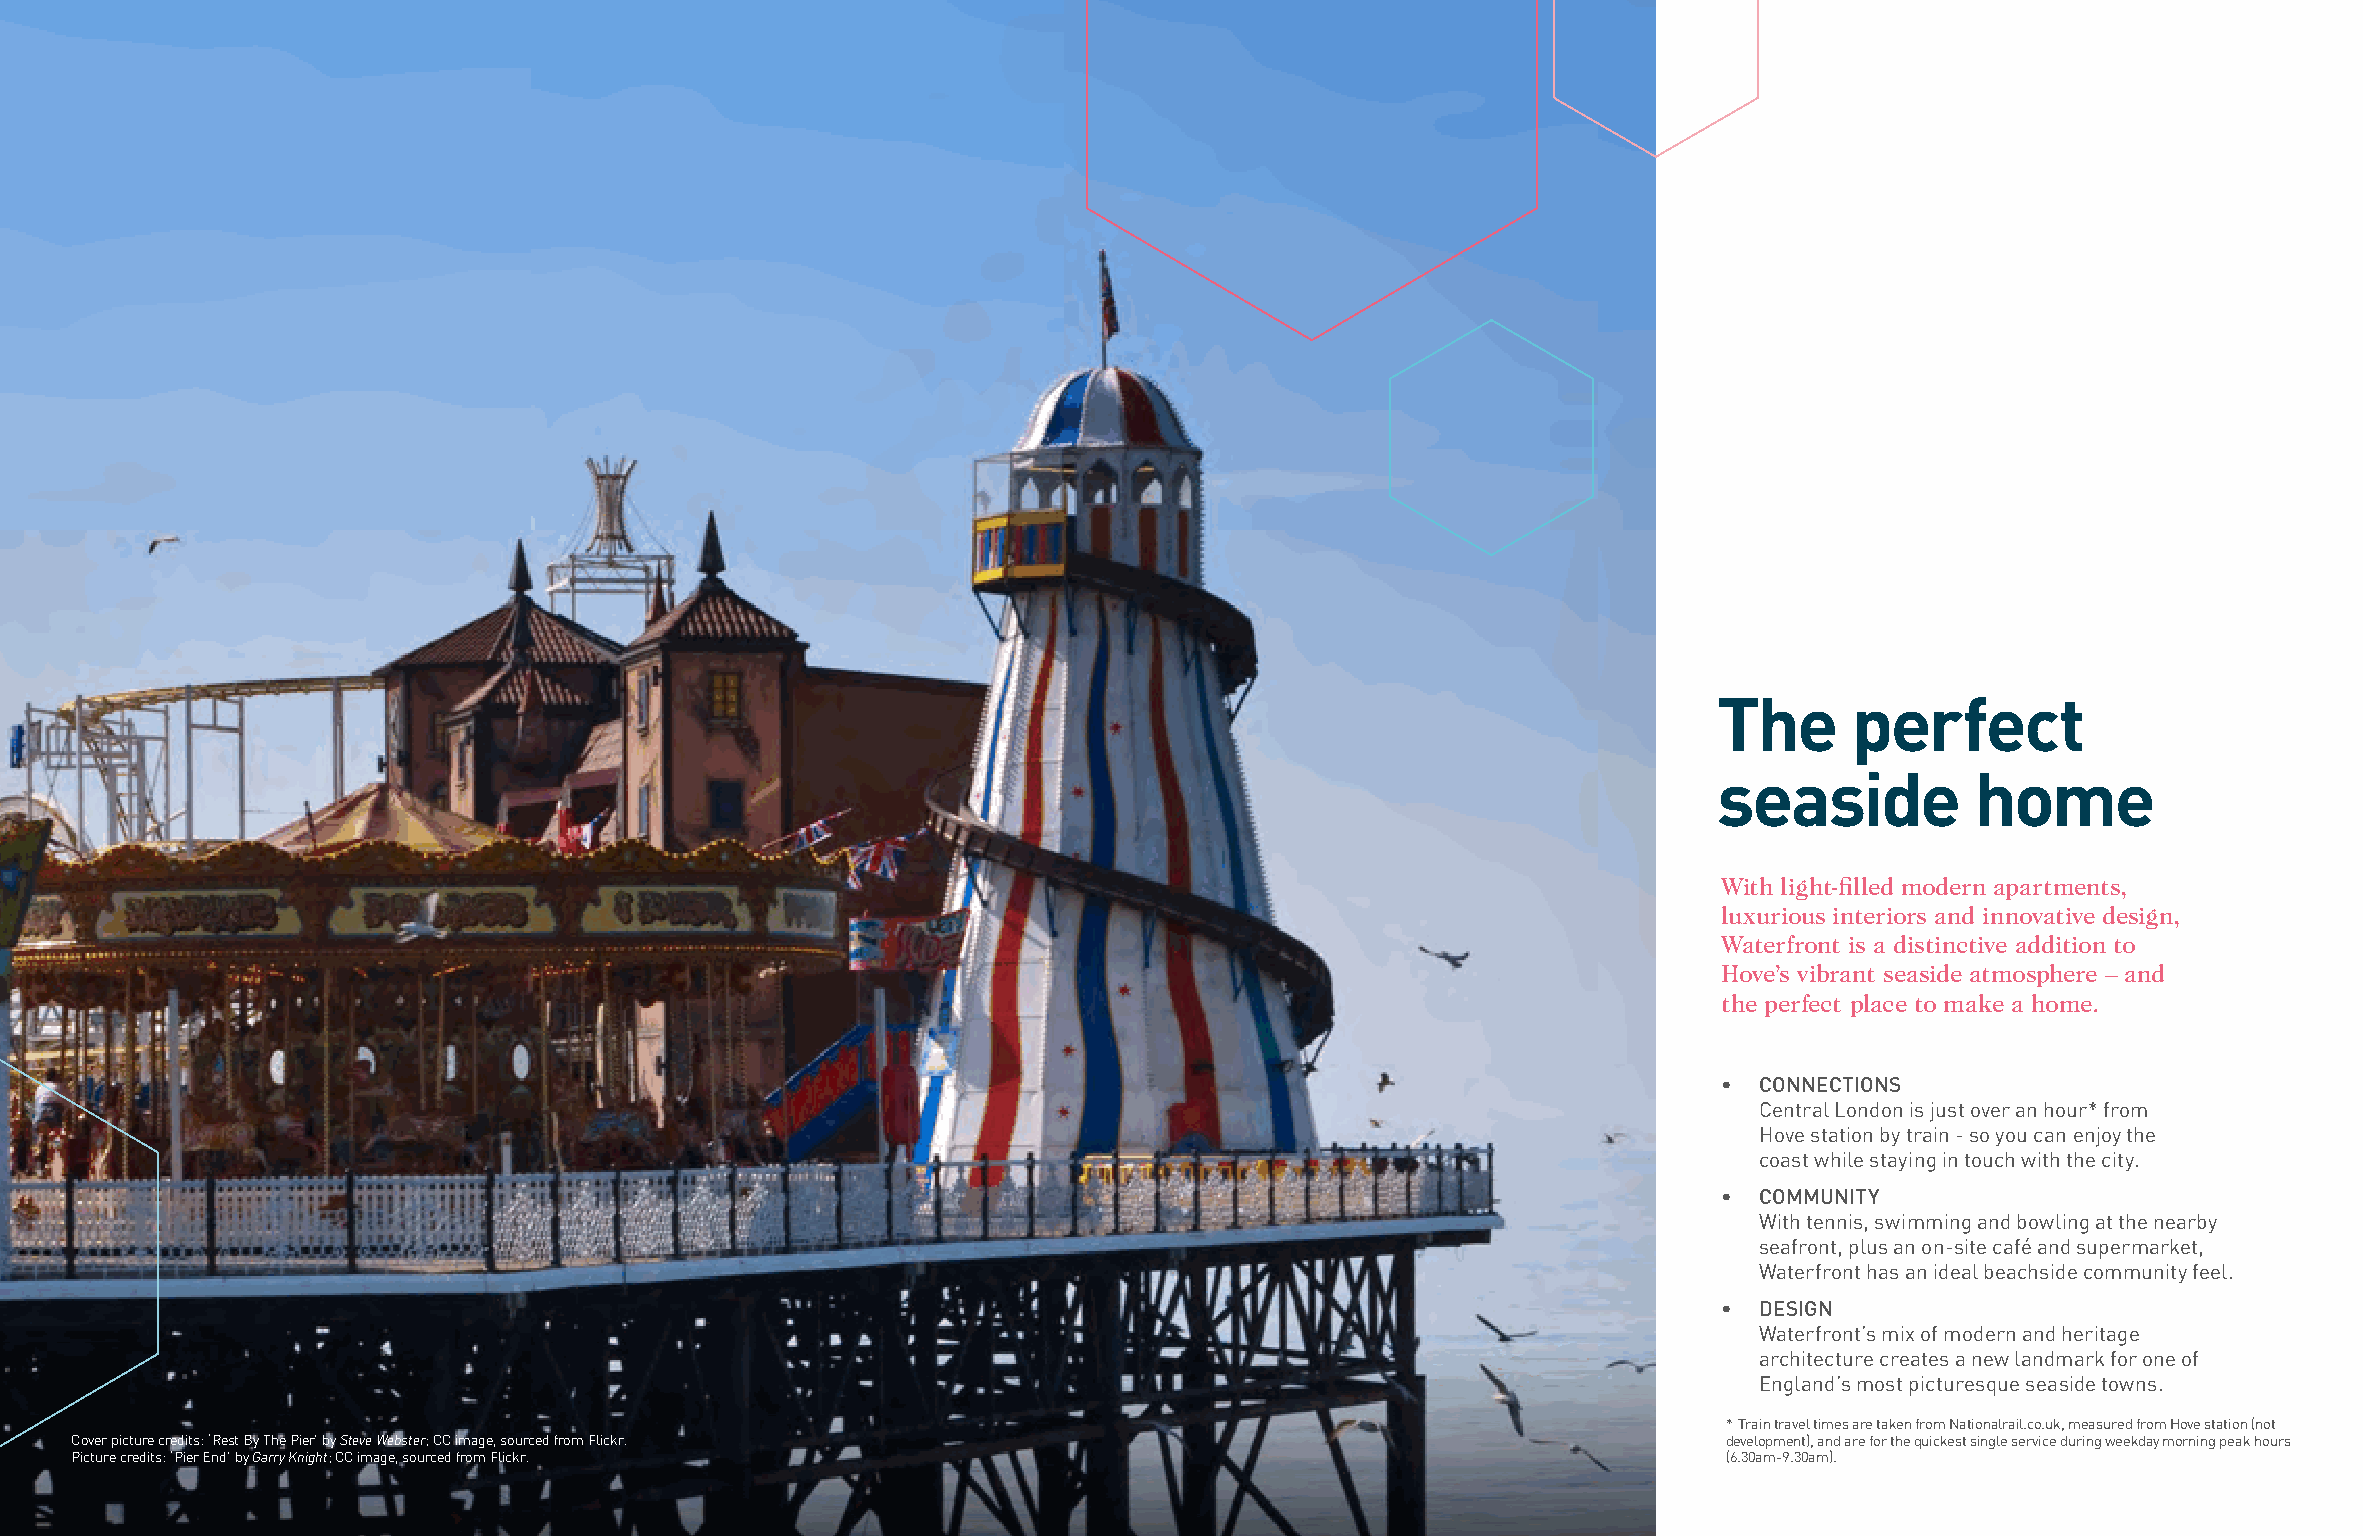
The      perfect
 seaside          home
 With light-filled modern apartments,
 luxurious interiors and innovative design,
 Waterfront is a distinctive addition to
 Hove’s vibrant seaside atmosphere – and
 the perfect place to make a home.
 • CONNECTIONS
 Central London is just over an hour* from
 Hove station by train - so you can enjoy the
 coast while staying in touch with the city.
 • COMMUNITY
 With tennis, swimming and bowling at the nearby
 seafront, plus an on-site café and supermarket,
 Waterfront has an ideal beachside community feel.
 • DESIGN
 Waterfront’s mix of modern and heritage
 architecture creates a new landmark for one of
 England’s most picturesque seaside towns.
 * Train travel times are taken from Nationalrail.co.uk, measured from Hove station (not
 Cover picture credits: ‘Rest By The Pier’ by Steve Webster; CC image, sourced from Flickr.                   development), and are for the quickest single service during weekday morning peak hours
 Picture credits: ‘Pier End’ by Garry Knight; CC image, sourced from Flickr.                                  (6.30am-9.30am).